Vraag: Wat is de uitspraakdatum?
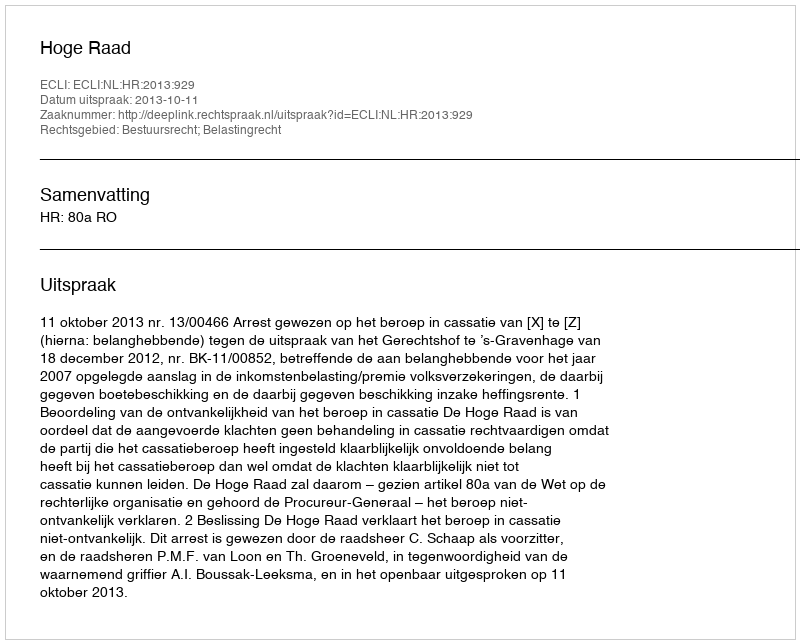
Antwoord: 2013-10-11